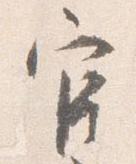
官